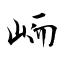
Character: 峏